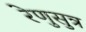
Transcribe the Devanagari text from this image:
रेणुसुत्र